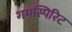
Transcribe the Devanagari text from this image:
गमस्पिरिट